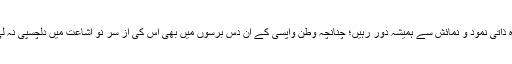
وہ ذاتی نمود و نمائش سے ہمیشہ دور رہیں؛ چنانچہ وطن واپسی کے ان دس برسوں میں بھی اس کی از سرِ نو اشاعت میں دلچسپی نہ لی۔